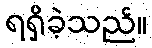
ရရှိခဲ့သည်။